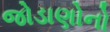
જોડાણોનો